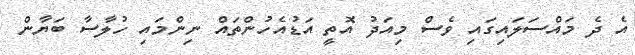
އެ ދެ މައްސަލައިގައި ވެސް މިއަދު އޮތީ އަޑުއެހުންތައް ނިންމައި ހުލާސާ ބަޔާން